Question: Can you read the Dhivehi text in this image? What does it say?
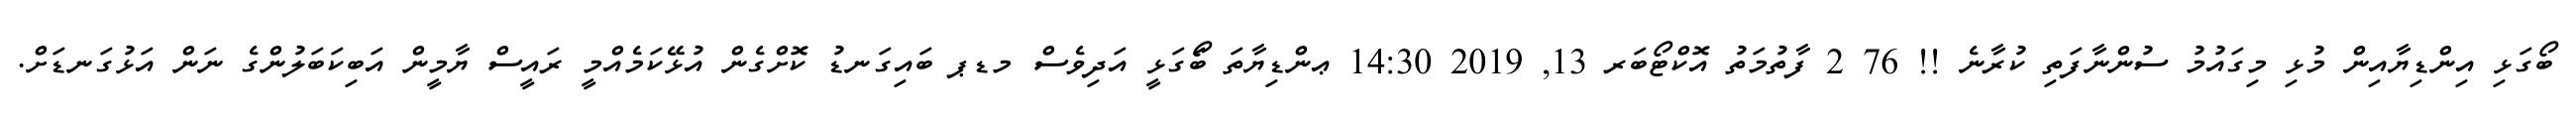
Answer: ބޯގަޅި އިންޑިޔާއިން މުޅި މިގައުމު ސުންނާފަތި ކުރާނެ !! 76 2 ފާތުމަތު އޮކްޓޯބަރ 13, 2019 14:30 ޢންޑިޔާތަ ބޯަގަޅީ އަދިވެސް މޑޕ ބައިގަނޑު ކޮށްގެން އުޅޭކަމެއްމީ ރައީސް ޔާމީން އަބިކަބަލުންގެ ނަން އަޅުގަނޑަށް.